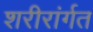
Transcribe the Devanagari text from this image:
शरीरांर्गत